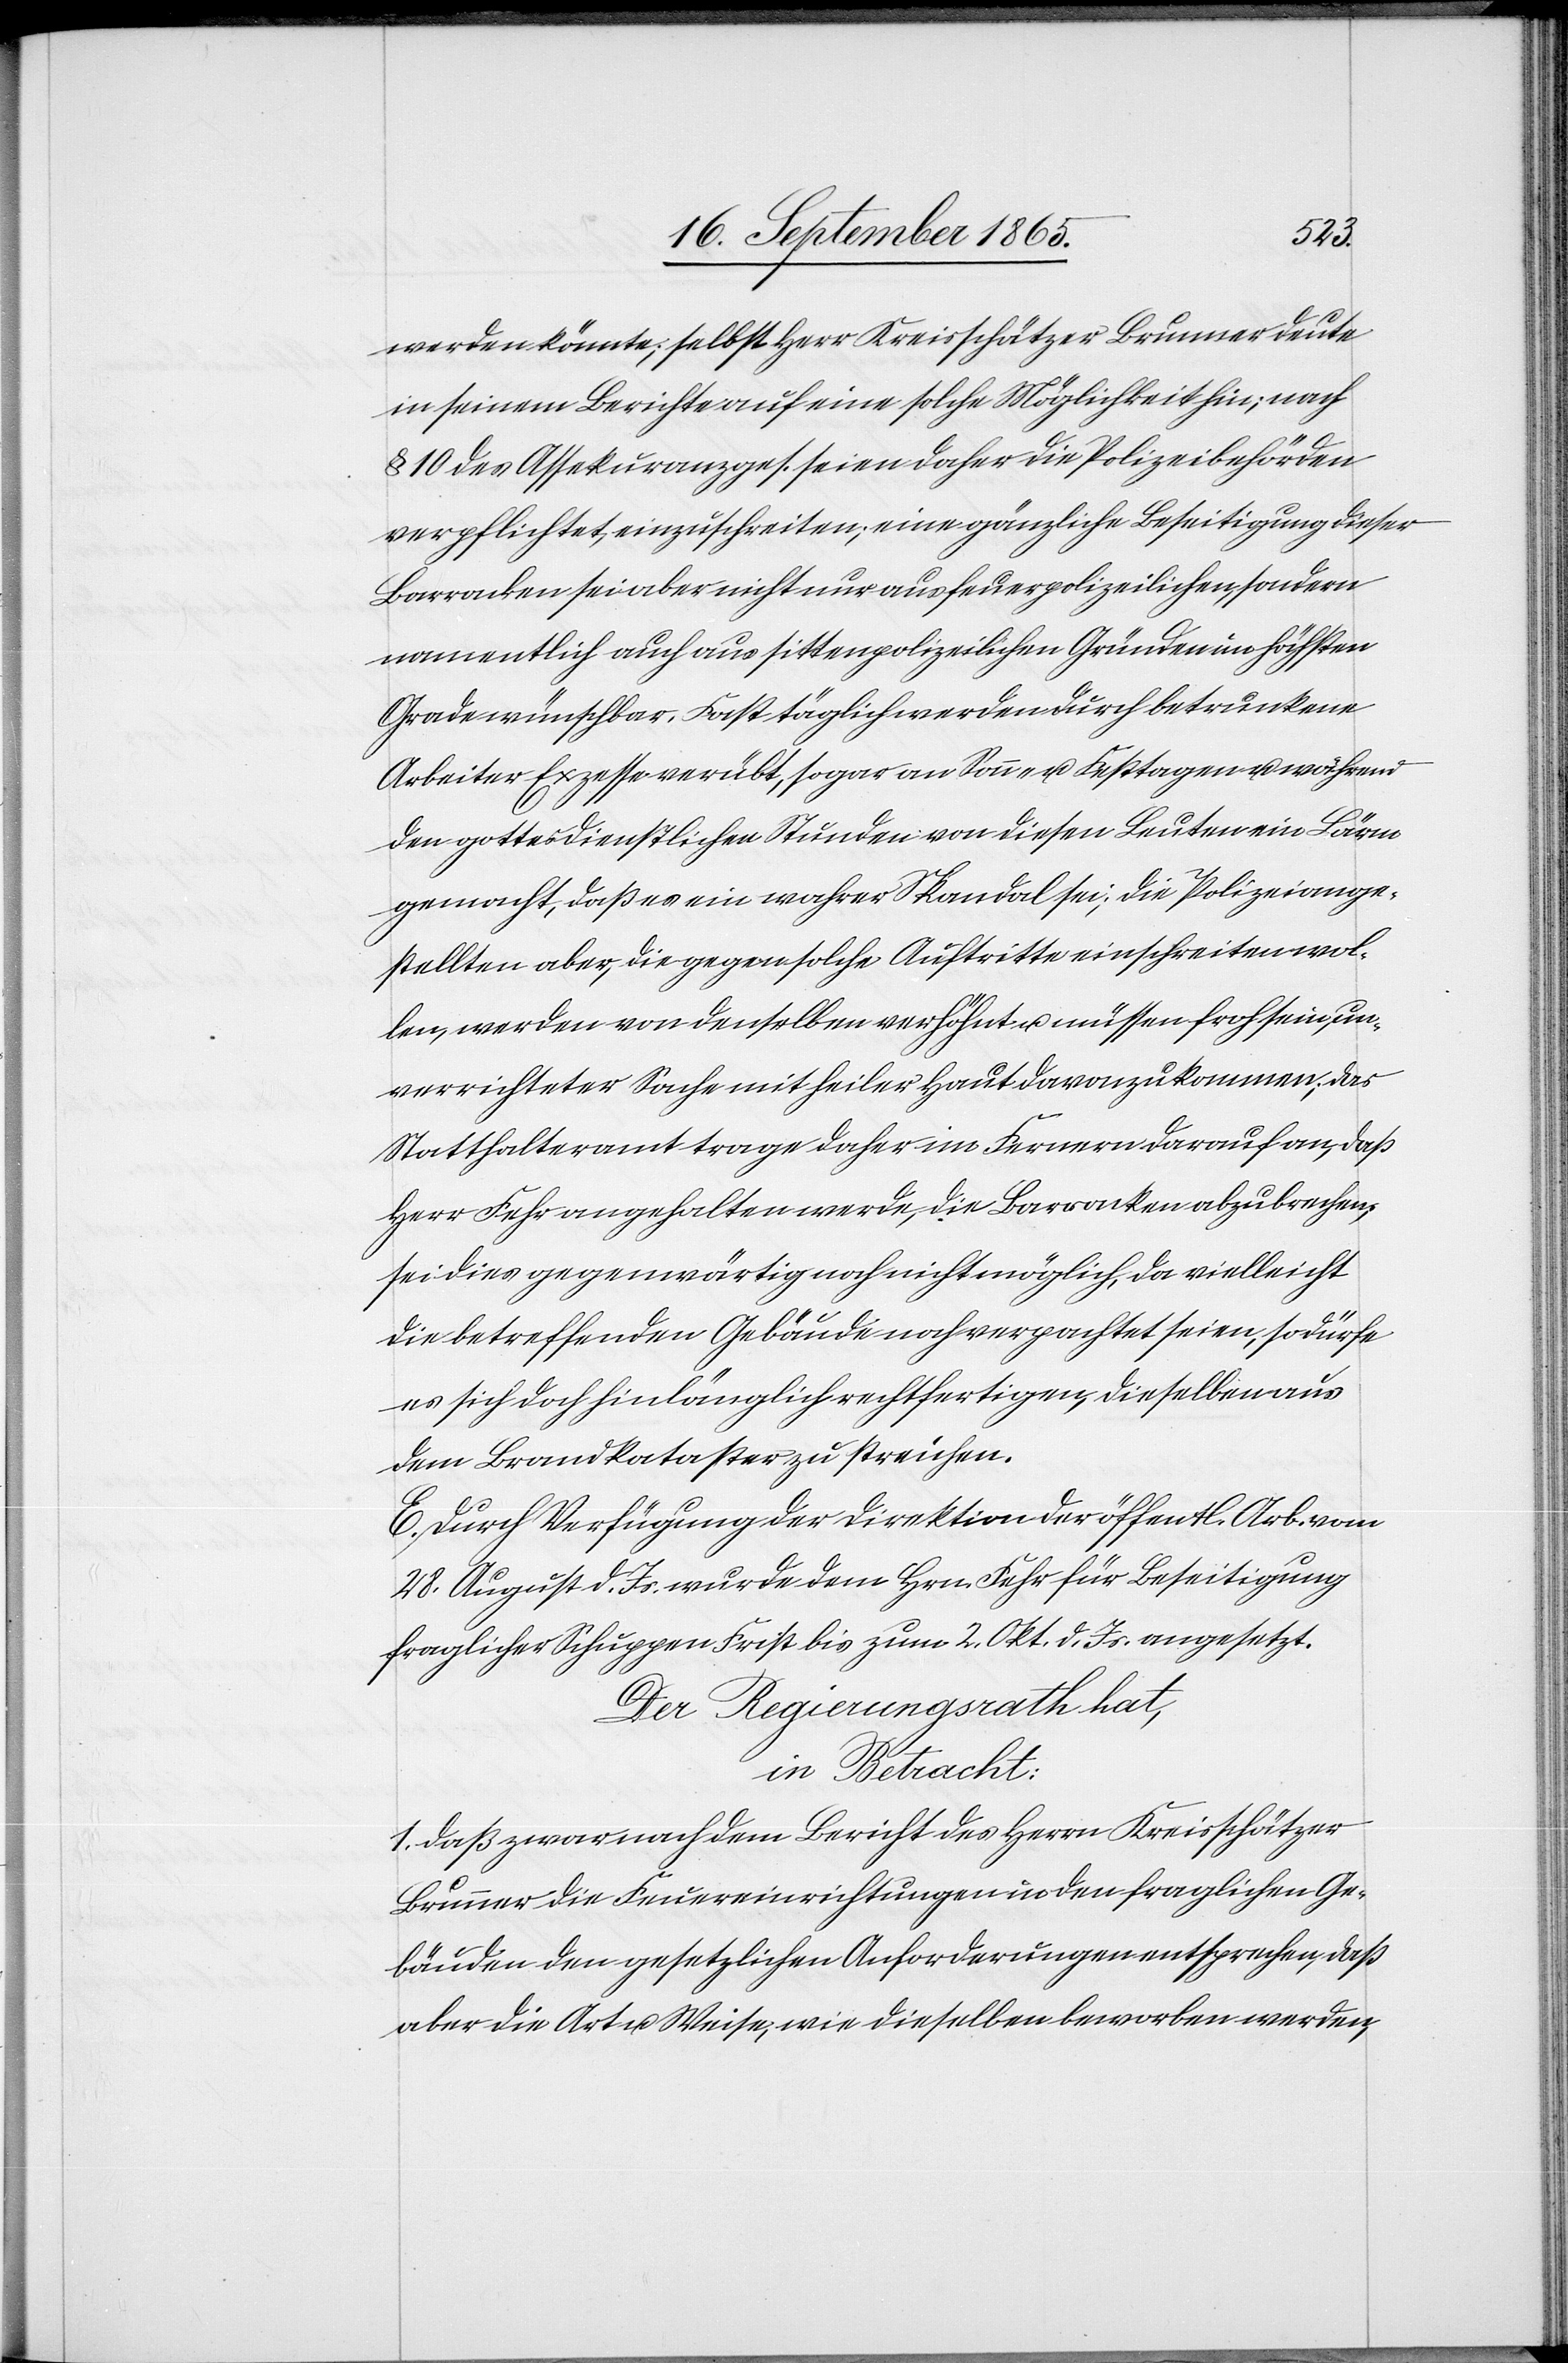
werden könnte; selbst Herr Kreisschätzer Brunner deute
in seinem Berichte auf eine solche Möglichkeit hin; nach
§ 10 des Assekuranzges. seien daher die Polizeibehörden
verpflichtet, einzuschreiten; eine gänzliche Beseitigung dieser
Barracken sei aber nicht nur aus feuerpolizeilicher, sondern
namentlich auch aus sittenpolizeilichen Gründen im höchsten
Grade wünschbar. Fast täglich werden durch betrunkene
Arbeiter Exzesse verübt, sogar an Sonn- u. Festtagen u. während
den gottesdienstlichen Stunden von diesen Leuten ein Lärm
gemacht, daß es ein wahrer Skandal sei; die Polizeiange¬
stellten aber, die gegen solche Auftritte einschreiten wol¬
len, werden von denselben verhöhnt u. müssen froh sein, un¬
verrichteter Sache mit heiler Haut davonzukommen; das
Statthalteramt trage daher im Fernern darauf an, daß
Herr Fehr angehalten werde, die Barracken abzubrechen;
sei dies gegenwärtig noch nicht möglich, da vielleicht
die betreffenden Gebäude noch verpachtet seien, so dürfe
es sich doch hinlänglich rechtfertigen, dieselben aus
dem Brandkataster zu streichen.
E. Durch Verfügung der Direktion der öffentl. Arb. vom
28. August d. Js. wurde dem Hrn. Fehr für Beseitigung
fraglicher Schoppen Frist bis zum 2. Okt. d. Js. angesetzt.
Der Regierungsrath hat,
in Betracht:
1. Daß zwar nach dem Bericht des Herrn Kreisschätzer
Brunner die Feuereinrichtungen in den fraglichen Ge¬
bäuden den gesetzlichen Anforderungen entsprechen, daß
aber die Art u. Weise, wie dieselben beworben werden,